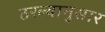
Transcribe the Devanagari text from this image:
ठरल्यानुसार